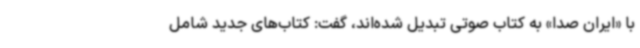
با «ایران صدا» به کتاب صوتی تبدیل شده‌اند، گفت: کتاب‌های جدید شامل